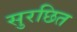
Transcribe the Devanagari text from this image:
सुरछित